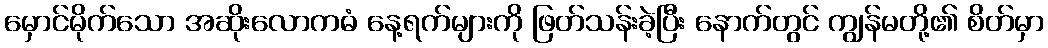
မှောင်မိုက်သော အဆိုးလောကဓံ နေ့ရက်များကို ဖြတ်သန်းခဲ့ပြီး နောက်တွင် ကျွန်မတို့၏ စိတ်မှာ